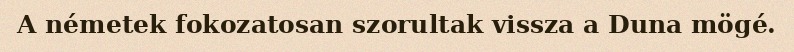
A németek fokozatosan szorultak vissza a Duna mögé.